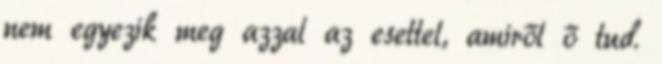
nem egyezik meg azzal az esettel, amiről ő tud.